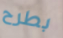
بطرح